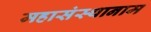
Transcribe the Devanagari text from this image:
महासंस्थानाम